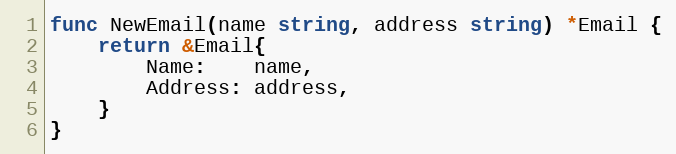
Language: Go
func NewEmail(name string, address string) *Email {
	return &Email{
		Name:    name,
		Address: address,
	}
}